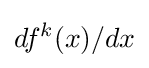
df^{k}(x)/dx